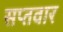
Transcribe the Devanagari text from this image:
सप्तवार